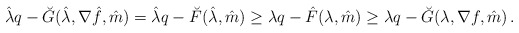
\begin{align*} \hat\lambda q- \breve G(\hat\lambda,\nabla\hat f,\hat m)=\hat\lambda q-\breve F( \hat\lambda,\hat m)\ge\lambda q-\hat F( \lambda,\hat m) \ge \lambda q- \breve G(\lambda,\nabla f,\hat m)\,.\end{align*}